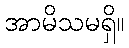
အာမိသမရှိ။